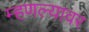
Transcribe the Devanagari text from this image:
म्हणल्यावर